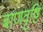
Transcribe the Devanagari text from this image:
बाणवृष्टि